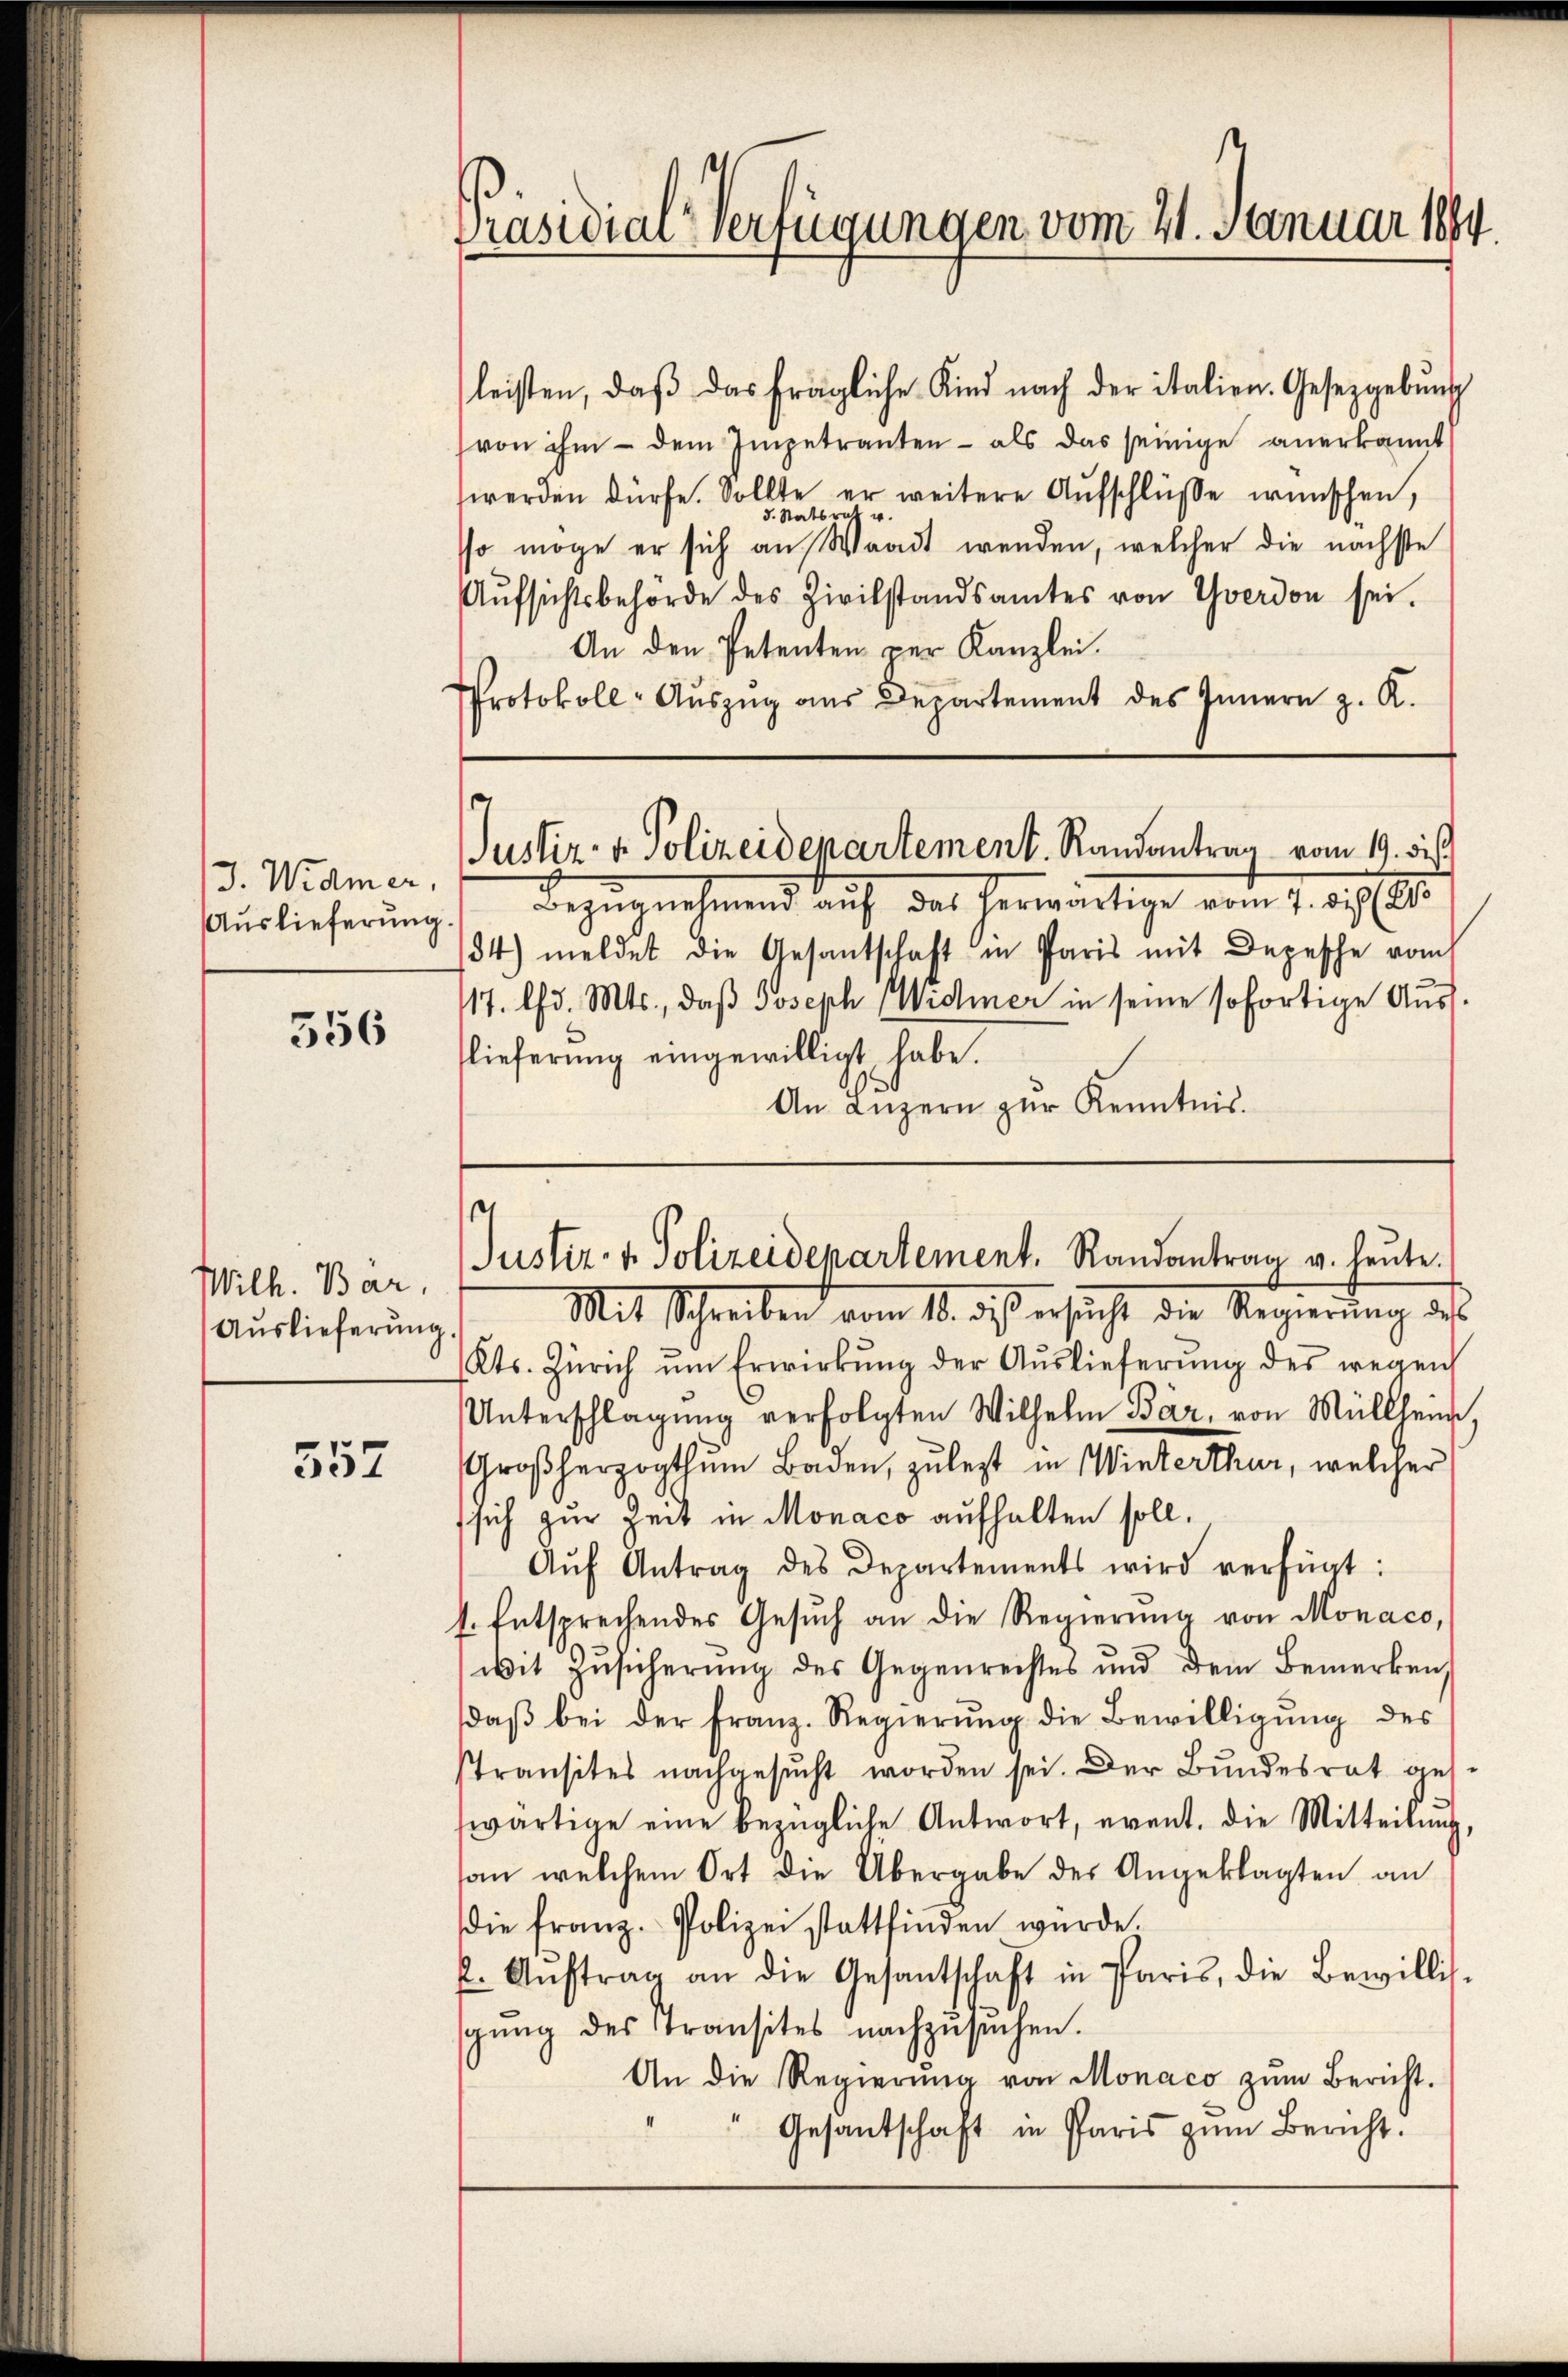
J. Widmer,

356

Wilh. Bär,
Auslieferung

557

leisten, daß das fragliche Kind nach der italien. Gesetzgebung
von ihm - dem Impetranten - als das seinige anerkannt
werden dürfe. Sollte er weitere Aufschlüsse wünschen,
d. Statsrat u.
sso möge er sich an Waadt werden, welcher die nächste
Aŭfsichtsbehörde des Zivilstandsamtes von Yverdon sei.
An den Petenten per Kanzlei.
Protokoll-Aŭszŭg aŭs Departement des Innern z. K.

Präsidial-Verfügungen vom 21. Januar 1884.

Auslieferung. Bezugnahmend auf das herwärtige vom 7. d. 21.
34) meldet die Gesantschaft in Paris mit Depesche vom
117. d. Mts., daß Joseph Widmer in seine sofortige Aus-
flieferung eingewilligt habe.
An Luzern zur Kenntnis.

e
Justiz- & Polizeidepartement. Randantrag vom 19. di

e
Justiz- & Polizeidepartement. Randantrag v. heute.

Mit Schreiben vom 10. des ersucht die Regierung des
Kts. Zürich ŭm Erwirkŭng der Aŭslieferŭng des wegen
Unterschlagung verfolgten Wilhelm Bär, von Müllheim,
Großherzogthum Baden, zulezt in Winterthur, welcher
sich zur Zeit in Monaco aufhalten soll.
Aŭf Antrag des Departements wird verfügt:
t. Entsprechendes Gesŭch an die Regierŭng von Monaco,
Mit Zŭsicherŭng des Gegenrechtes und dem Bemerken,
daβ bei der Franz. Regierŭng die Bewilligŭng des
stransites nachgesucht worden sei. Der Bundesrat geh
wärtige eine bezügliche Antwort, event. die Mitteilŭng,
an welchem Ort die Übergabe der Angeklagten an
die franz. Polizei stattfinden wurde.
. Aŭftrag an die Gesantschaft in Paris, die Bewillig-
gŭng des Transites nachzusuchen.
An die Regierŭng von Monaco zŭm Bericht.
Gesantschaft in Paris zum Bericht.